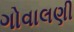
ગોવાલણી